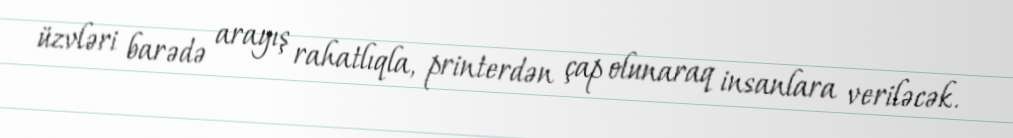
üzvləri barədə arayış rahatlıqla, printerdən çap olunaraq insanlara veriləcək.